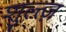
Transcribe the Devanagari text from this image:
शुल्त्ज़